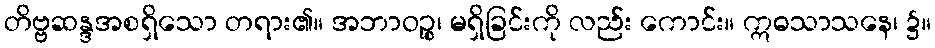
တိဗ္ဗဆန္ဒအစရှိသော တရား၏။ အဘာဝဉ္စ၊ မရှိခြင်းကို လည်း ကောင်း။ ဣဓသာသနေ၊ ၌။